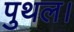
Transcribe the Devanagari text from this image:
पुथल।